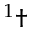
^ { 1 } \dagger